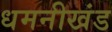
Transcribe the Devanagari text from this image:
धमनीखंड